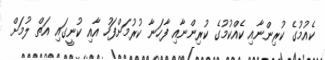
ކެއުމުގެ ކުރިންނާއި ކެއްކުމުގެ ކުރިންނާއި ފާހަނާ ކުރުމަށްފަހު އާއި ކުނީގައި އަތް ލުމަށް